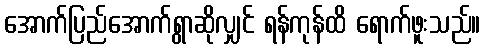
အောက်ပြည်အောက်ရွာဆိုလျှင် ရန်ကုန်ထိ ရောက်ဖူးသည်။